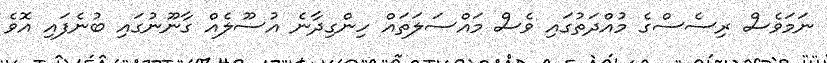
ނަމަވެސް ރިސެސްގެ މުއްދަތުގައި ވެސް މައްސަލަތައް ހިންގިދާނެ އުސޫލެއް ގާނޫނުގައި ބުނެފައި އޮވެ